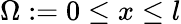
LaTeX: \Omega:=0\le x\le l